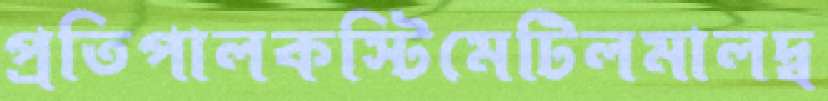
প্রতিপালকস্টিমেটিলমালদ্ব